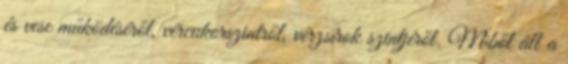
és vese működéséről, vércukorszintről, vérzsírok szintjéről. Miből áll a